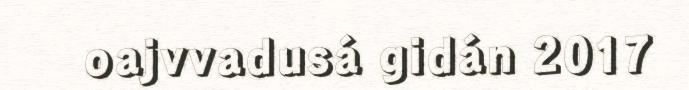
oajvvadusá gidán 2017